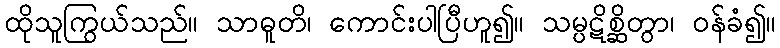
ထိုသူကြွယ်သည်။ သာဓူတိ၊ ကောင်းပါပြီဟူ၍။ သမ္ပဋိစ္ဆိတွာ၊ ဝန်ခံ၍။